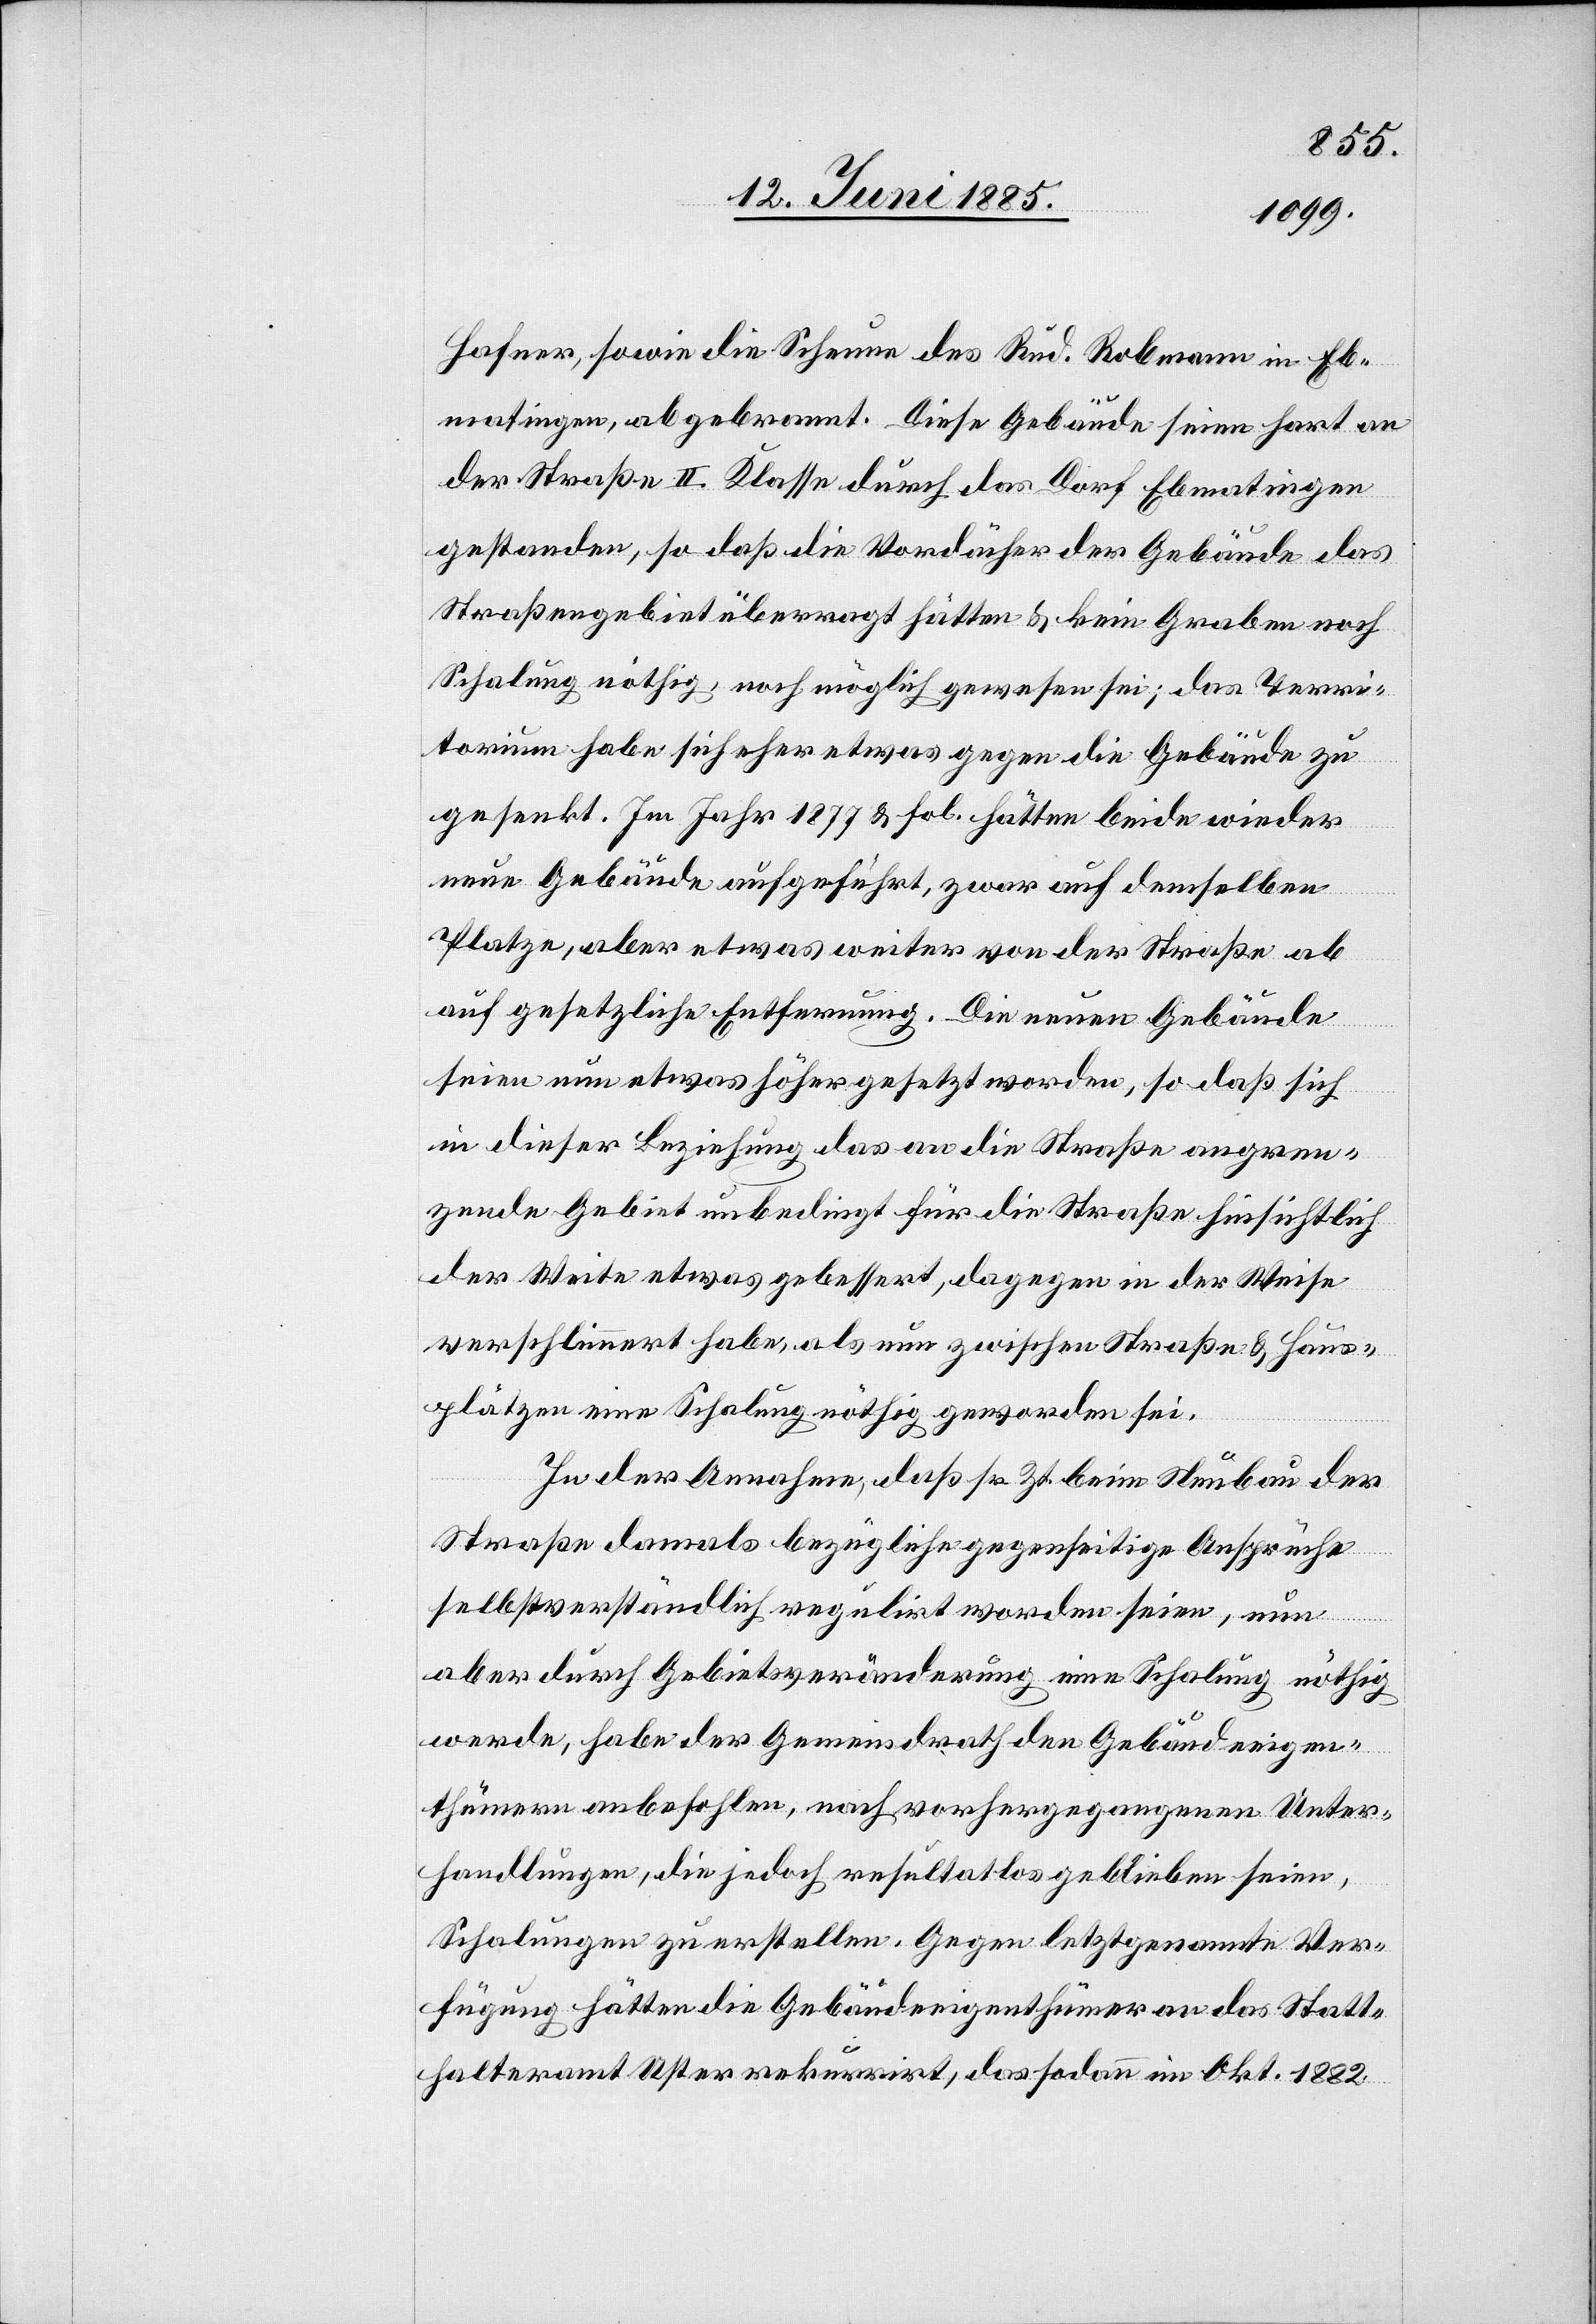
Hafner, sowie die Scheune des Rud. Robmann in Eb¬
matingen, abgebrannt. Diese Gebäude seien hart an
der Straße II. Klasse durch das Dorf Ebmatingen
gestanden, so daß die Vordächer der Gebäude das
Straßengebiet überragt hätten & kein Graben noch
Schalung nöthig, noch möglich gewesen sei; das Terri¬
torium habe sich eher etwas gegen die Gebäude zu
gesenkt. Im Jahr 1877 & fol. hätten beide wieder
neue Gebäude aufgeführt, zwar auf demselben
Platze, aber etwas weiter von der Straße ab
auf gesetzliche Entfernung. Die neuen Gebäude
seien nun etwas höher gesetzt worden, so daß sich
in dieser Beziehung das an die Straße angren¬
zende Gebiet unbedingt für die Straße hinsichtlich
der Weite etwas gebessert, dagegen in der Weise
verschlimmert habe, als nun zwischen Straße & Haus¬
plätzen eine Schalung nöthig geworden sei.
In der Annahme, daß sr. Zt. beim Neubau der
Straße damals bezügliche gegenseitige Ansprüche
selbstverständlich regulirt worden seien, nun
aber durch Gebietsveränderung eine Schalung nöthig
werde, habe der Gemeindrath den Gebäudeeigen¬
thümern anbefohlen, nach vorhergegangenen Unter¬
handlungen, die jedoch resultatlos geblieben seien,
Schalungen zu erstellen. Gegen letztgenannte Ver¬
fügung hätten die Gebäudeeigenthümer an das Statt¬
halteramt Uster rekurrirt, das sodann im Okt. 1882